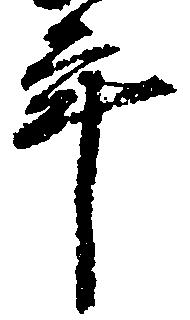
年